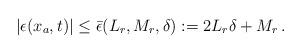
LaTeX: \begin{align*}&|\epsilon(x_a,t)|\le \bar \epsilon(L_r,M_r, \delta):=2 L_r \delta + M_r \,.\end{align*}